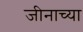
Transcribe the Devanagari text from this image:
जीनाच्या